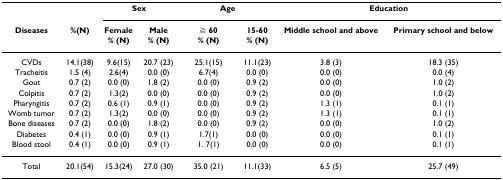
<table><thead><tr><td></td><td></td><td colspan="2"><b>Sex</b></td><td colspan="2"><b>Age</b></td><td colspan="2"><b>Education</b></td></tr><tr><td><b>Diseases</b></td><td><b>%(N)</b></td><td><b>Female% (N)</b></td><td><b>Male% (N)</b></td><td><b>≧ 60% (N)</b></td><td><b>15-60% (N)</b></td><td><b>Middle school and above</b></td><td><b>Primary school and below</b></td></tr></thead><tbody><tr><td>CVDs</td><td>14.1(38)</td><td>9.6(15)</td><td>20.7 (23)</td><td>25.1(15)</td><td>11.1(23)</td><td>3.8 (3)</td><td>18.3 (35)</td></tr><tr><td>Tracheitis</td><td>1.5 (4)</td><td>2.6(4)</td><td>0.0 (0)</td><td>6.7(4)</td><td>0.0 (0)</td><td>0.0 (0)</td><td>0.0 (4)</td></tr><tr><td>Gout</td><td>0.7 (2)</td><td>0.0 (0)</td><td>1.8 (2)</td><td>0.0 (0)</td><td>0.9 (2)</td><td>0.0 (0)</td><td>1.0 (2)</td></tr><tr><td>Colpitis</td><td>0.7 (2)</td><td>1.3(2)</td><td>0.0 (0)</td><td>0.0 (0)</td><td>0.9 (2)</td><td>0.0 (0)</td><td>1.0 (2)</td></tr><tr><td>Pharyngitis</td><td>0.7 (2)</td><td>0.6 (1)</td><td>0.9 (1)</td><td>0.0 (0)</td><td>0.9 (2)</td><td>1.3 (1)</td><td>0.1 (1)</td></tr><tr><td>Womb tumor</td><td>0.7 (2)</td><td>1.3(2)</td><td>0.0 (0)</td><td>0.0 (0)</td><td>0.9 (2)</td><td>1.3 (1)</td><td>0.1 (1)</td></tr><tr><td>Bone diseases</td><td>0.7 (2)</td><td>0.0 (0)</td><td>1.8 (2)</td><td>0.0 (0)</td><td>0.9 (2)</td><td>0.0 (0)</td><td>1.0 (2)</td></tr><tr><td>Diabetes</td><td>0.4 (1)</td><td>0.0 (0)</td><td>0.9 (1)</td><td>1.7(1)</td><td>0.0 (0)</td><td>0.0 (0)</td><td>0.1 (1)</td></tr><tr><td>Blood stool</td><td>0.4 (1)</td><td>0.0 (0)</td><td>0.9 (1)</td><td>1. 7(1)</td><td>0.0 (0)</td><td>0.0 (0)</td><td>0.1 (1)</td></tr><tr><td>Total</td><td>20.1(54)</td><td>15.3(24)</td><td>27.0 (30)</td><td>35.0 (21)</td><td>11.1(33)</td><td>6.5 (5)</td><td>25.7 (49)</td></tr></tbody></table>